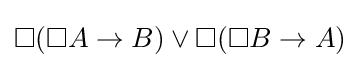
\Box (\Box A\to B)\lor \Box (\Box B\to A)